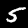
Label: 5